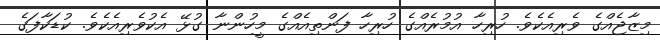
މިޒާޖެއްގެ ވެރިއެކެވެ. ހުރިހާ އުމުރެއްގެ ހުރިހާ ފަންތިއެއްގެ މީހުންނާ ގުޅޭ އެކުވެރިއެކެވެ. ކުޑަކާފަގެ